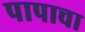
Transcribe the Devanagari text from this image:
पापाचा